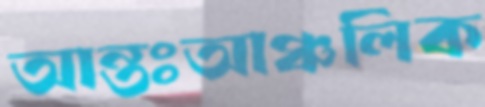
আন্তঃআঞ্চলিক